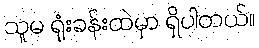
သူမ ရုံးခန်းထဲမှာ ရှိပါတယ်။